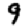
Digit: 9